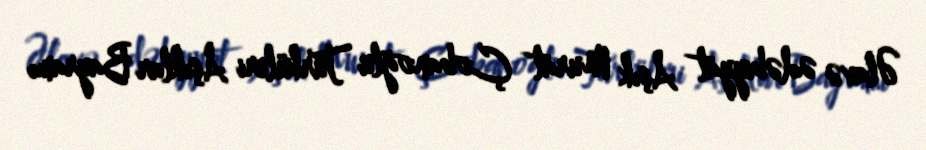
Əlavə ədəbiyyat Aşık Murat Çobanoğlu Türküleri Aşıklar Bayramı